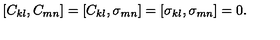
[ C _ { k l } , C _ { m n } ] = [ C _ { k l } , \sigma _ { m n } ] = [ \sigma _ { k l } , \sigma _ { m n } ] = 0 .